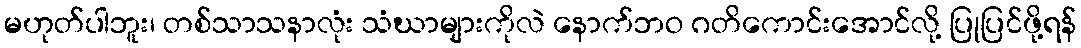
မဟုတ်ပါဘူး၊ တစ်သာသနာလုံး သံဃာများကိုလဲ နောက်ဘဝ ဂတိကောင်းအောင်လို့ ပြုပြင်ဖို့ရန်